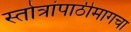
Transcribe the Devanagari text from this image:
स्तोत्रांपाठीमागचा